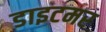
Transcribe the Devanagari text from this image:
डाइटमर